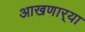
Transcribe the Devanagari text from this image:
आखणार्‍या